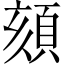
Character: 頦